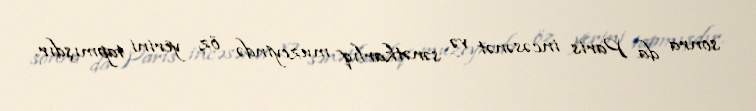
sonra da Paris incəsənət və sənətkarlıq muzeyində öz yerini tapmışdır.